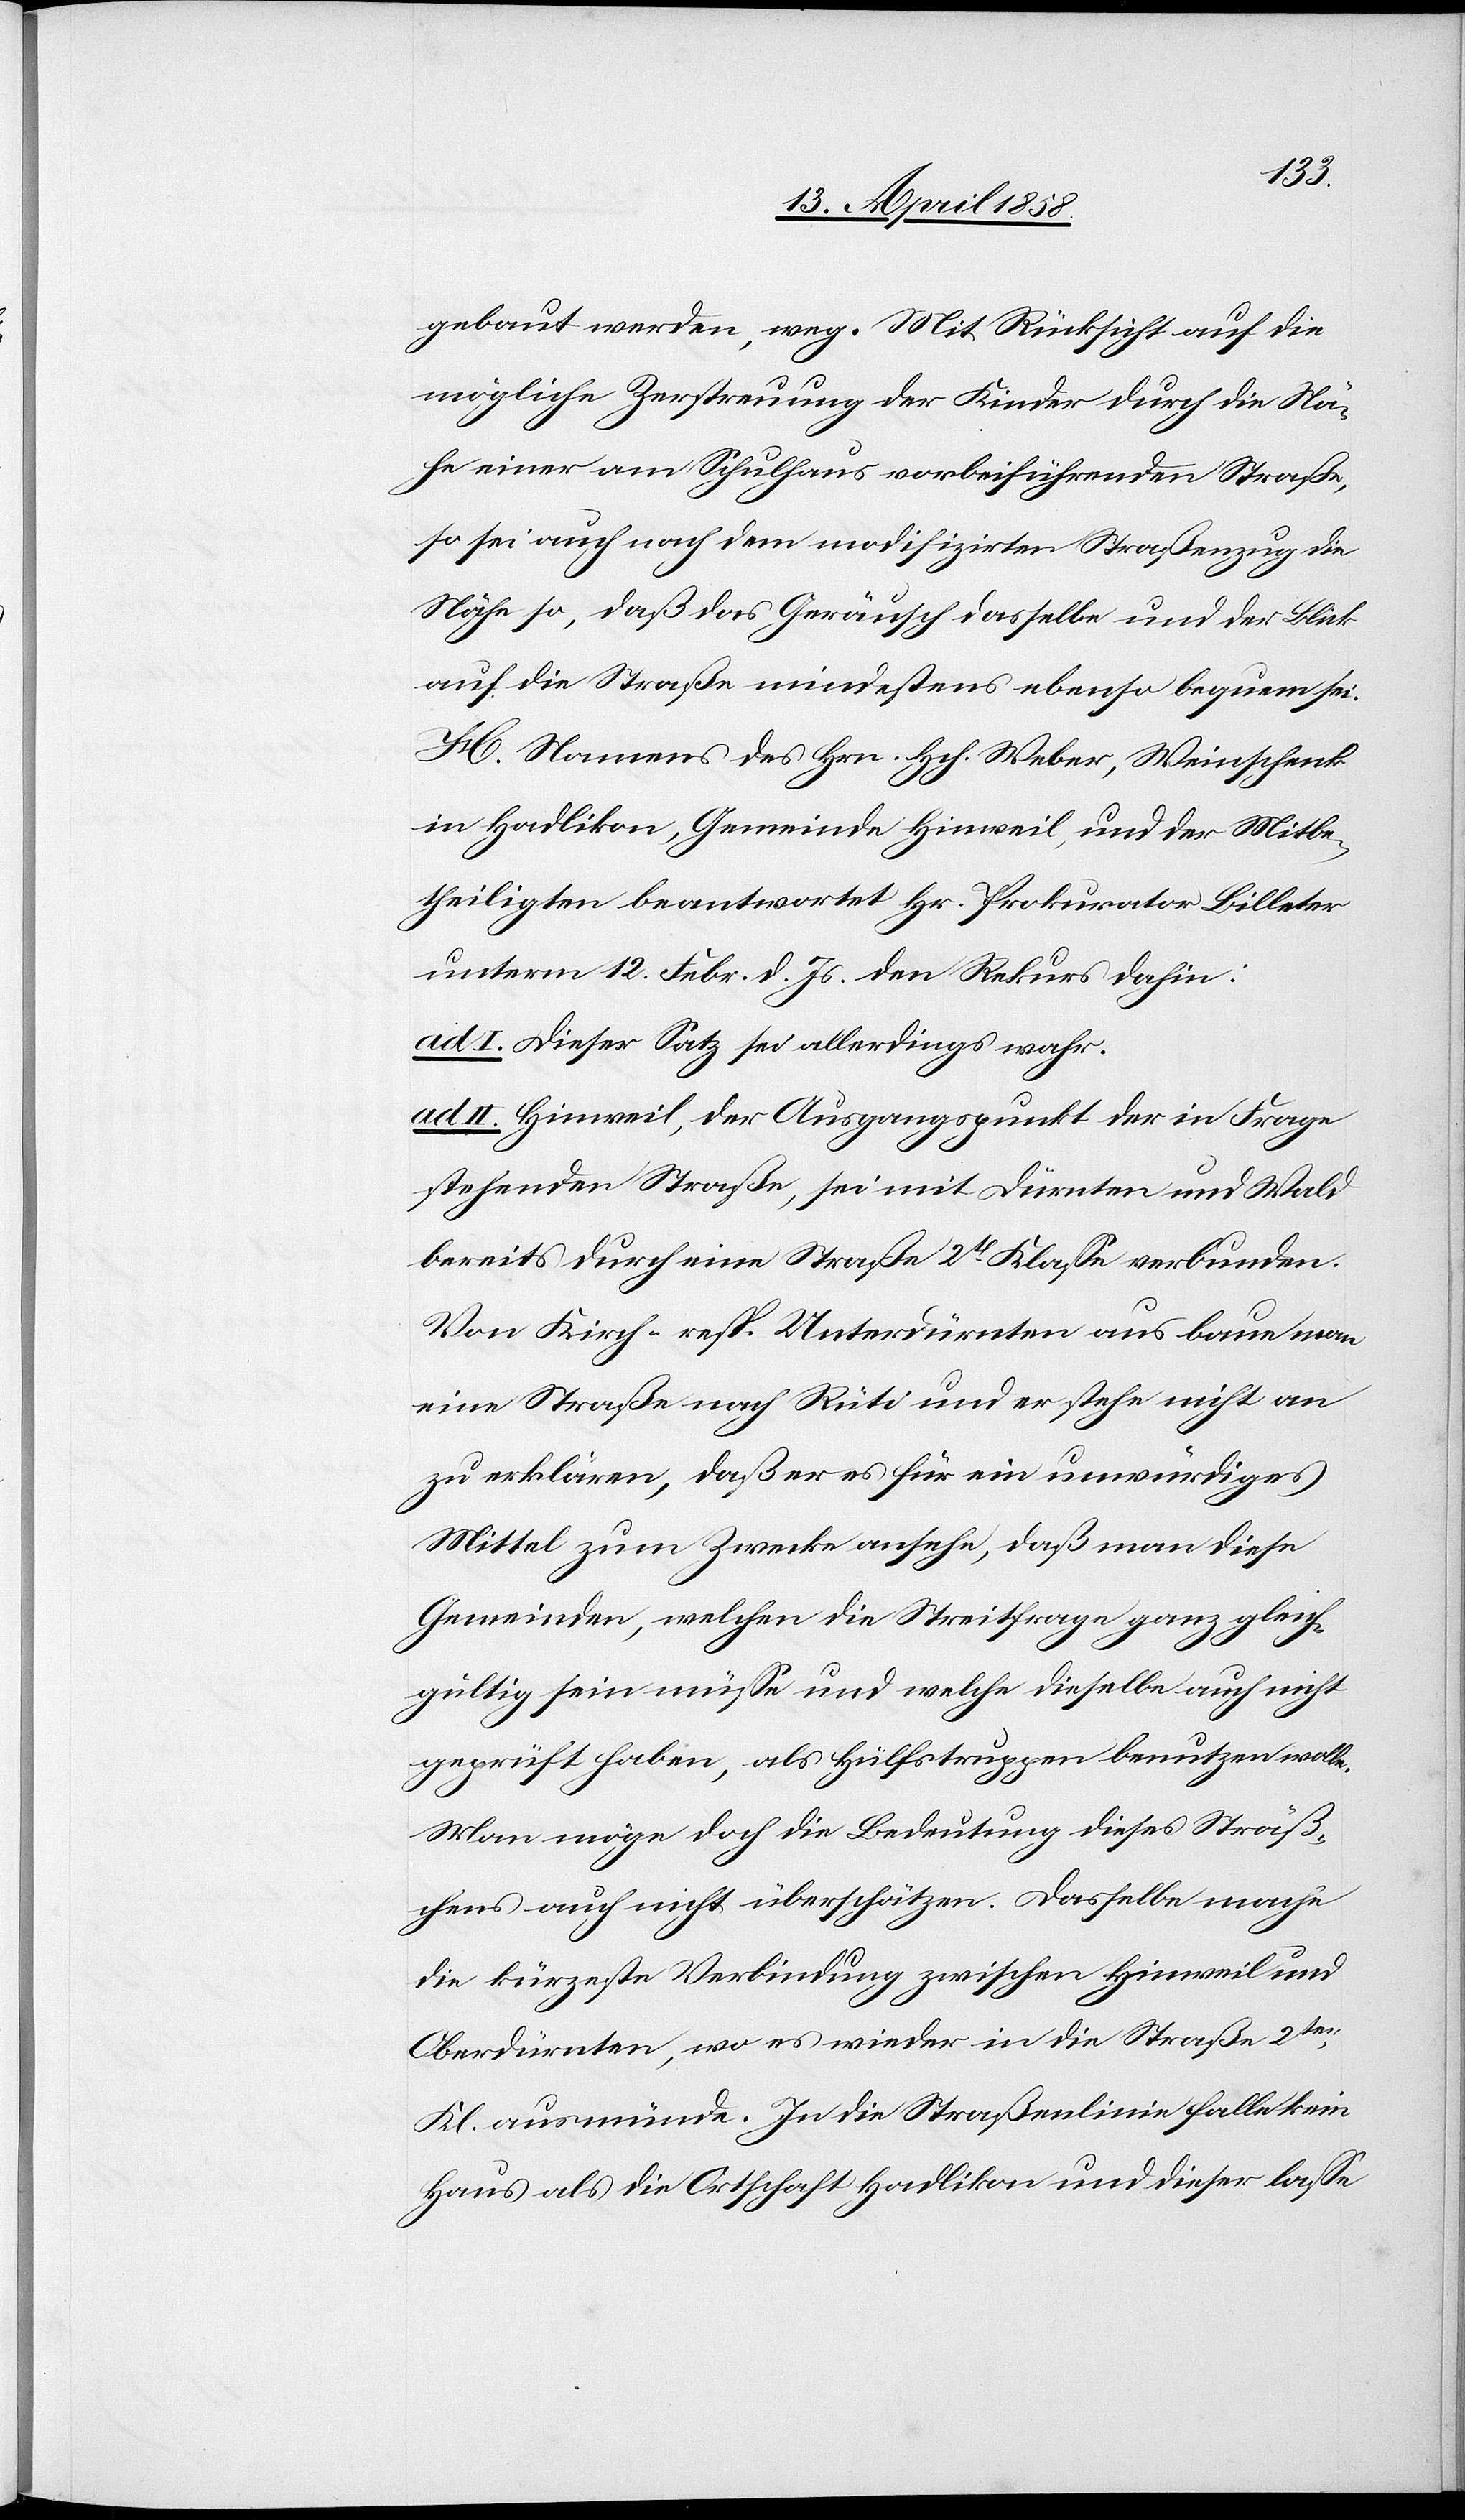
gebaut werde, weg. Mit Rücksicht auf die
mögliche Zerstreuung der Kinder durch die Nä¬
he einer am Schulhaus vorbeführenden Straße,
so sei auch nach dem modifizirten Straßenzug die
Nähe so, daß das Geräusch dasselbe und der Blick
auf die Straße mindestens ebenso bequem sei.
H. Namens des Hrn. Hch. Weber, Weinschenk
in Hadlikon, Gemeinde Hinweil, und der Mitbe¬
theiligten beantwortet Hr. Prokurator Billeter
unterm 12. Febr. d. Js. den Rekurs dahin:
ad I. Dieser Satz sei allerdings wahr.
ad II. Hinweil, der Ausgangspunkt der in Frage
stehenden Straße, sei mit Dürnten und Wald
bereits durch eine Straße 2tr Klasse verbunden.
Von Kirch- resp. Unterdürnten aus baue man
eine Straße nach Rüti und erstehe nicht an
zu erklären, daß er es für ein unwürdiges
Mittel zum Zwecke ansehe, daß man diese
Gemeinden, welchen die Streifrage ganz gleich¬
gültig sein müsse und welche dieselbe auch nicht
geprüft haben, als Hülfstruppen benutzten wolle.
Man möge doch die Bedeutung dieses Sträß¬
chens auch nicht überschätzen. Dasselbe mache
die kürzeste Verbindung zwischen Hinweil und
Oberdürnten, wo es wieder in die Straße 2ter
Kl. ausmünde. In die Straßenlinie falle kein
Haus als die Ortschaft Hadlikon und dieser lasse